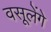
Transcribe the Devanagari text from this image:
वसूलेंगे